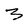
Character: 3